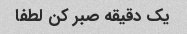
یک دقیقه صبر کن لطفا